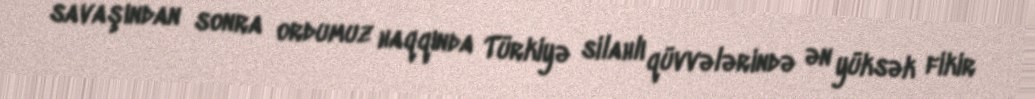
savaşından sonra ordumuz haqqında Türkiyə silahlı qüvvələrində ən yüksək fikir